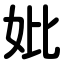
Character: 妣